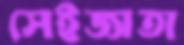
সেইজাতা